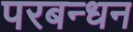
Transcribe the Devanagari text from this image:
परबन्धन